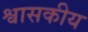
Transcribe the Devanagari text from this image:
श्वासकीय